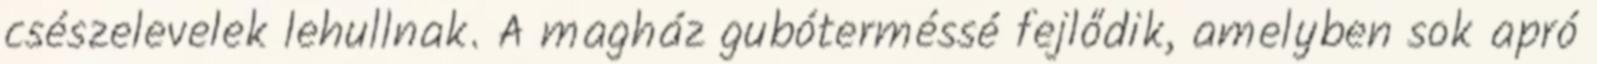
csészelevelek lehullnak. A magház gubóterméssé fejlődik, amelyben sok apró